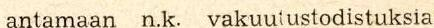
antamaan n.k. vakuutustodistuksia